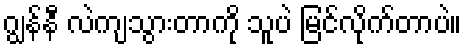
ဂျွန်နီ လဲကျသွားတာကို သူပဲ မြင်လိုက်တာပဲ။